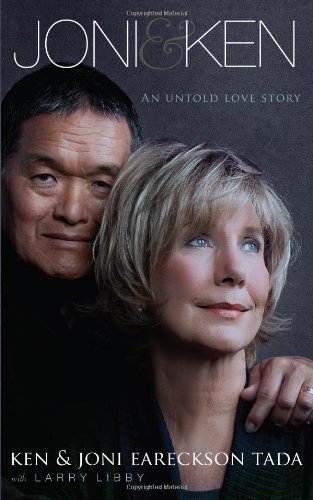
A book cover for Joni and   Ken: An Untold Love Story; Ken Tada; Biographies & Memoirs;